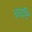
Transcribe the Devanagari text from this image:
धवटिं